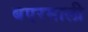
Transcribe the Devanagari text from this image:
बएरमाली